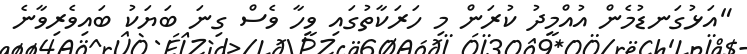
"އަޅުގަނޑުމެން އުއްމީދު ކުރަން މި ހަރަކާތުގައި ވީހާ ވެސް ގިނަ ބަޔަކު ބައިވެރިވާނެ